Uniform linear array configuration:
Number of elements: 24
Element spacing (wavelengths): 0.5
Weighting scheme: hamming
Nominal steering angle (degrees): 45
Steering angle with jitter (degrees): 44.0
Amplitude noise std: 0.05
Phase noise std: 0.05

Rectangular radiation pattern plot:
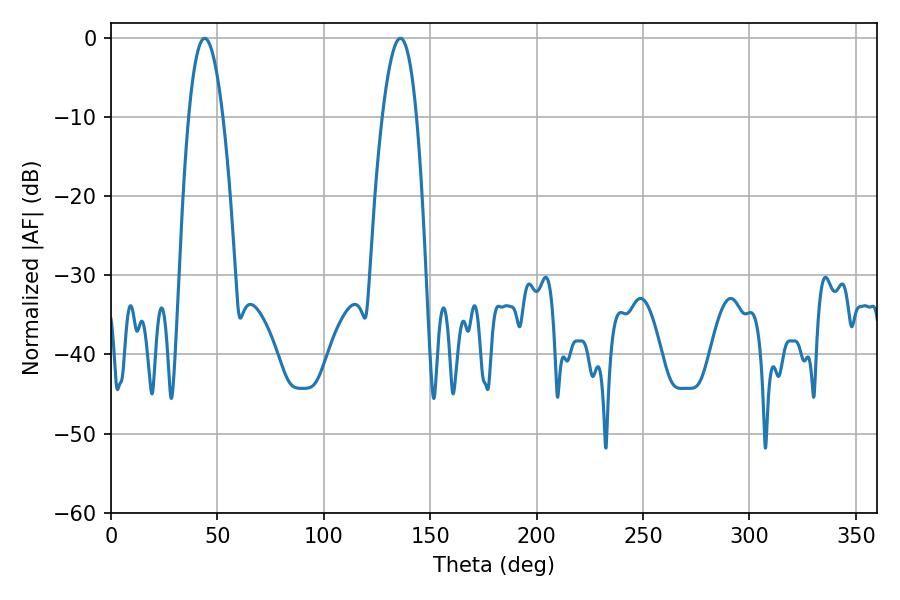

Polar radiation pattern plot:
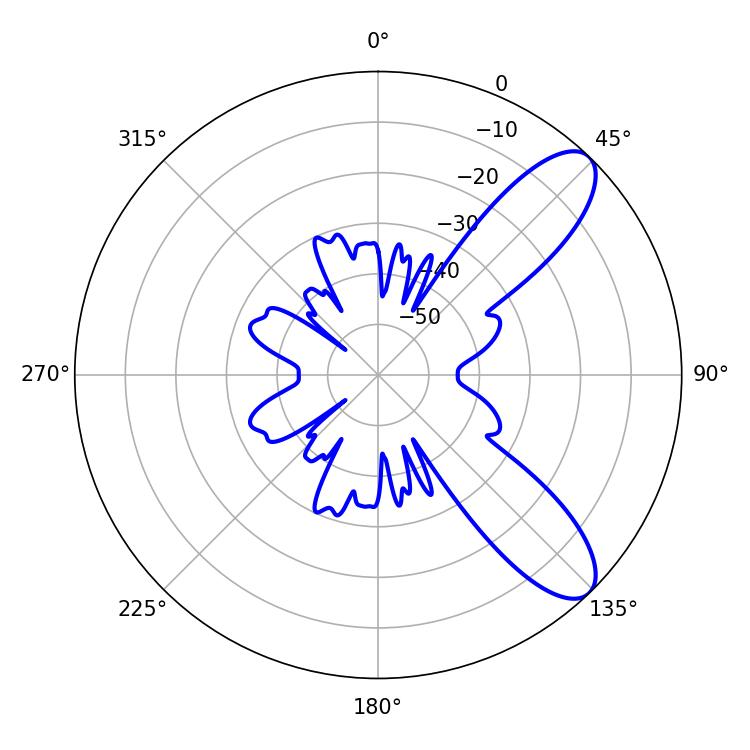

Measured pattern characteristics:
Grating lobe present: FALSE
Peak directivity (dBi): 9.367
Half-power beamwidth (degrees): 8.82
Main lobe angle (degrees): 44.1